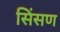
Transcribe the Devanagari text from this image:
सिंसण